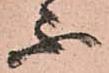
不